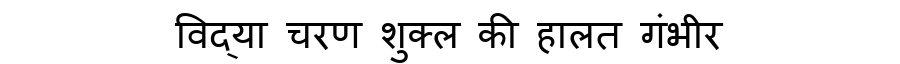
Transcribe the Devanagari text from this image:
विद्या चरण शुक्ल की हालत गंभीर